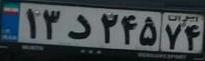
۱۳د۲۴۵۷۴